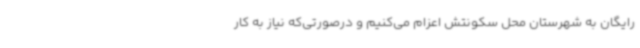
رایگان به شهرستان محل سکونتش اعزام می‌کنیم و درصورتی‌که نیاز به کار